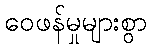
ဝေဖန်မှုများစွာ